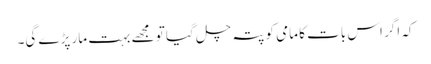
کہ اگر اس بات کا مامی کو پتہ چل گیا تو مجھے بہت مار پڑے گی۔